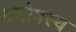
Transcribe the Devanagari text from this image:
प्रयोगस्य